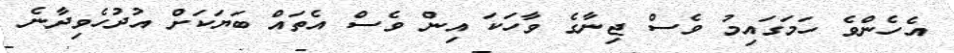
އެހެންވެ ހަމަގައިމު ވެސް ޖިނާގެ ވާހަކަ އިން ވެސް އެތައް ބަޔަކަށް އުދުހެވިދާނެ